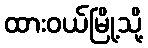
ထားဝယ်မြို့သို့